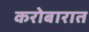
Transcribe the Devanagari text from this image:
करोबारात